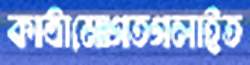
কাঠামোগতগলাইত